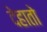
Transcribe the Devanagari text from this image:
देहातो